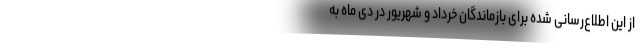
از این اطلاع‌رسانی شده برای بازماندگان خرداد و شهریور در دی ماه به